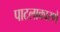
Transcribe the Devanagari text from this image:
पाटलाकारणें